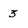
Character: 3